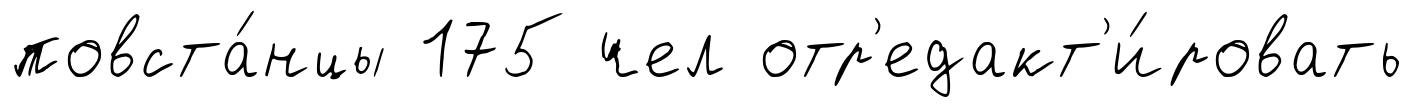
повста́нцы 175 чел отр'едакт'и́ровать